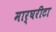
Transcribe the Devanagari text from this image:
मार्घरीटा